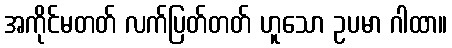
အကိုင်မတတ် လက်ပြတ်တတ် ဟူသော ဥပမာ ဂါထာ။